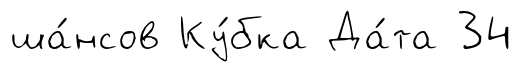
ша́нсов Ку́бка Да́та 34